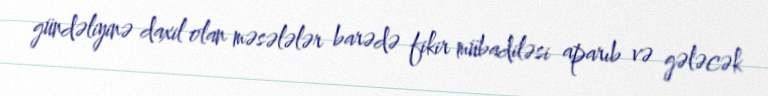
gündəliyinə daxil olan məsələlər barədə fikir mübadiləsi aparıb və gələcək